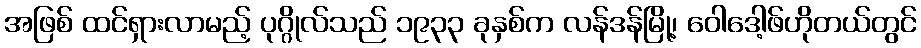
အဖြစ် ထင်ရှားလာမည့် ပုဂ္ဂိုလ်သည် ၁၉၃၃ ခုနှစ်က လန်ဒန်မြို့၊ ဝေါဒေါ့ဖ်ဟိုတယ်တွင်